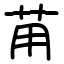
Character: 苚